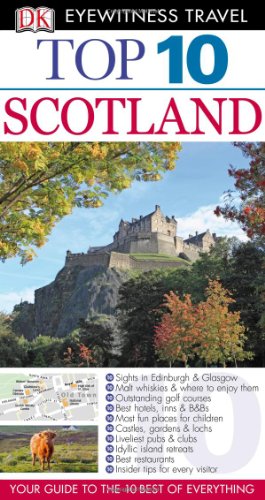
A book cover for Top 10 Scotland (EYEWITNESS TOP 10 TRAVEL GUIDE); Alastair Scott; Travel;